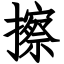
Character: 擦